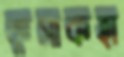
কুসাকহা